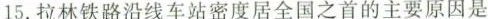
15.拉林铁路沿线车站密度居全国之首的主要原因是